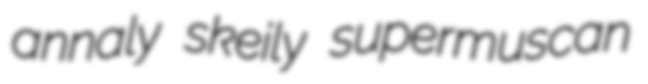
annaly skeily supermuscan